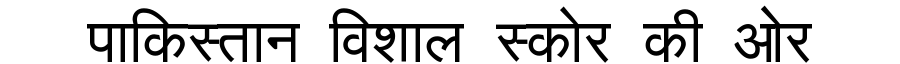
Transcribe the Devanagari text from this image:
पाकिस्तान विशाल स्कोर की ओर